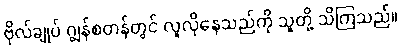
ဗိုလ်ချုပ် ဂျွန်စတန်တွင် လူလိုနေသည်ကို သူတို့ သိကြသည်။